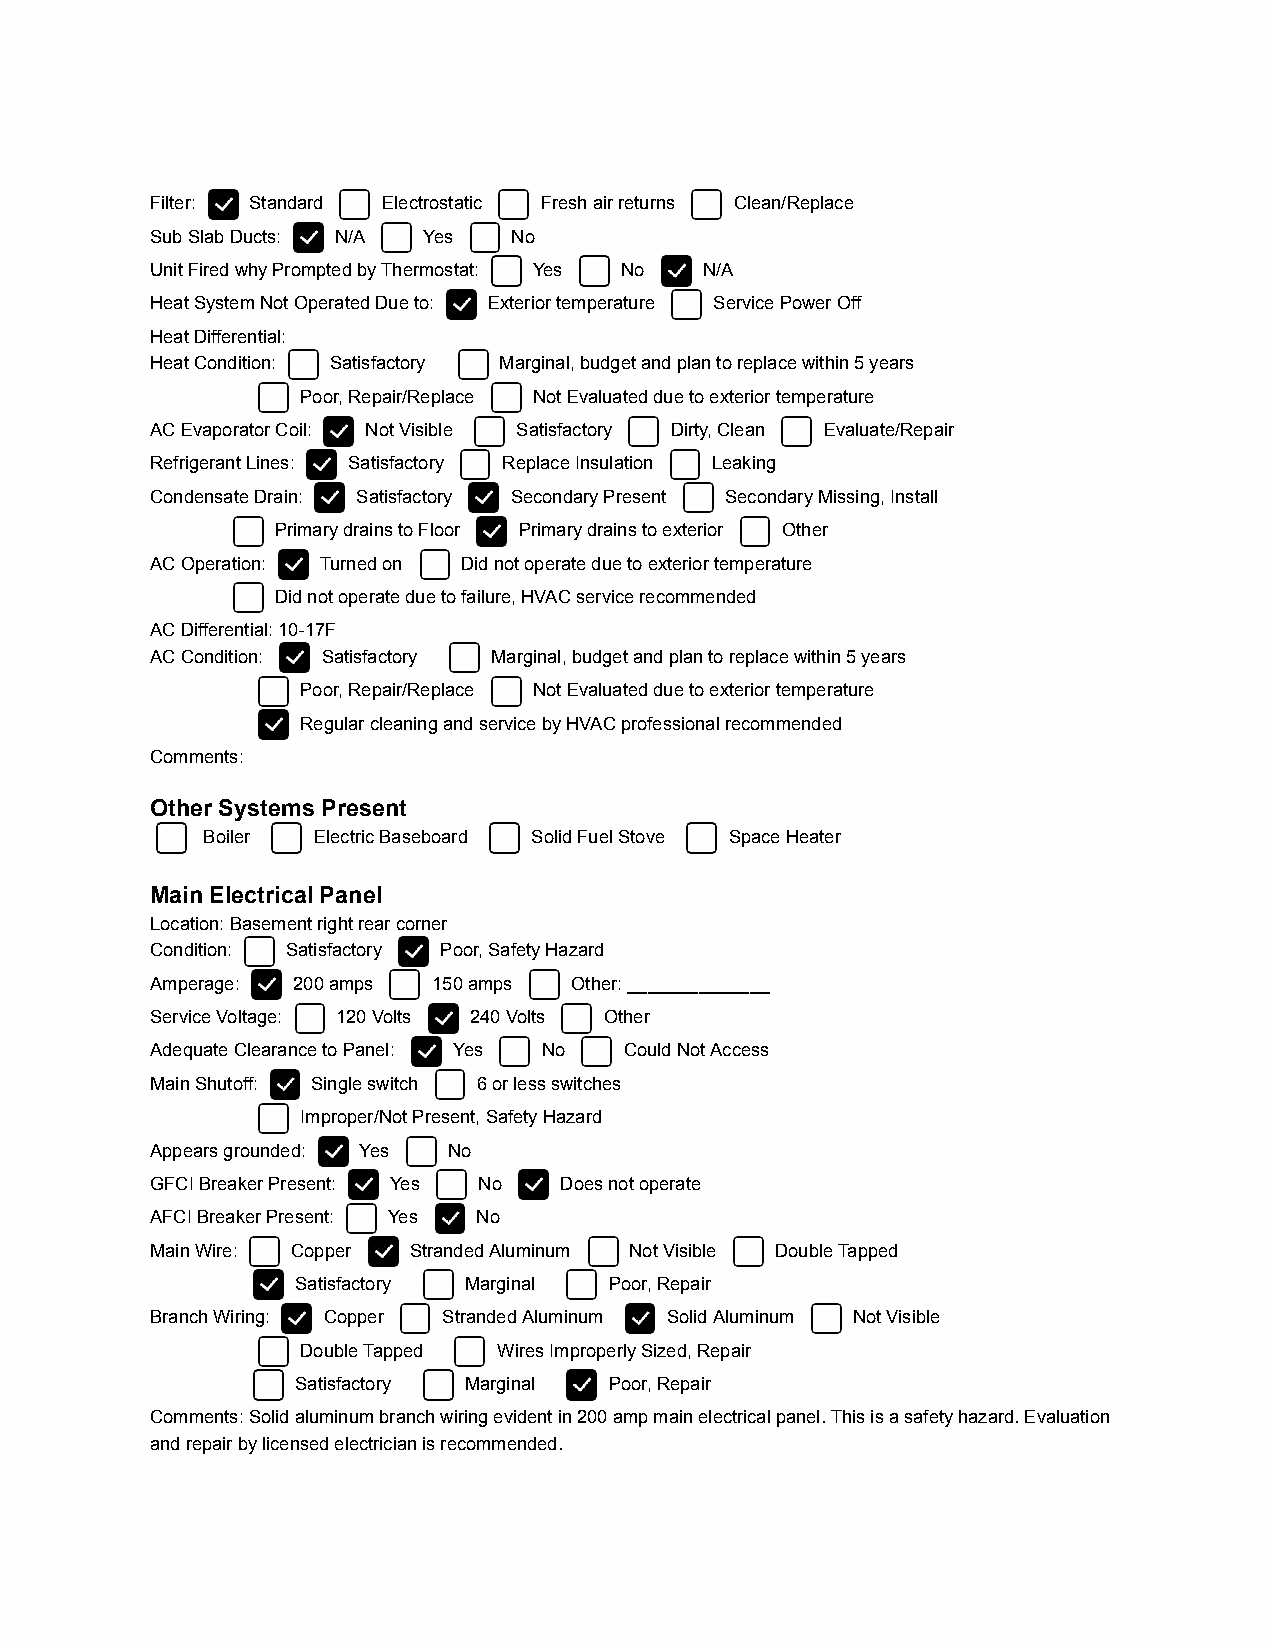
Filter: Standard Electrostatic Fresh air returns Clean/Replace
 Sub Slab Ducts: N/A Yes No
 Unit Fired why Prompted by Thermostat: Yes No N/A
 Heat System Not Operated Due to: Exterior temperature Service Power Off
 Heat Differential:
 Heat Condition: Satisfactory Marginal, budget and plan to replace within 5 years
 Poor, Repair/Replace Not Evaluated due to exterior temperature
 AC Evaporator Coil: Not Visible Satisfactory Dirty, Clean Evaluate/Repair
 Refrigerant Lines: Satisfactory Replace Insulation Leaking
 Condensate Drain: Satisfactory Secondary Present Secondary Missing, Install
 Primary drains to Floor Primary drains to exterior Other
 AC Operation: Turned on Did not operate due to exterior temperature
 Did not operate due to failure, HVAC service recommended
 AC Differential: 10-17F
 AC Condition: Satisfactory Marginal, budget and plan to replace within 5 years
 Poor, Repair/Replace Not Evaluated due to exterior temperature
 Regular cleaning and service by HVAC professional recommended
 Comments:
 Other Systems Present
 Boiler  Electric Baseboard Solid Fuel Stove Space Heater
 Main Electrical Panel
 Location: Basement right rear corner
 Condition: Satisfactory Poor, Safety Hazard
 Amperage: 200 amps 150 amps Other: ______________
 Service Voltage: 120 Volts 240 Volts Other
 Adequate Clearance to Panel: Yes No Could Not Access
 Main Shutoff: Single switch 6 or less switches
 Improper/Not Present, Safety Hazard
 Appears grounded: Yes No
 GFCI Breaker Present: Yes No Does not operate
 AFCI Breaker Present: Yes No
 Main Wire: Copper Stranded Aluminum Not Visible Double Tapped
 Satisfactory Marginal Poor, Repair
 Branch Wiring: Copper Stranded Aluminum Solid Aluminum Not Visible
 Double Tapped Wires Improperly Sized, Repair
 Satisfactory Marginal Poor, Repair
 Comments: Solid aluminum branch wiring evident in 200 amp main electrical panel. This is a safety hazard. Evaluation
 and repair by licensed electrician is recommended.